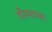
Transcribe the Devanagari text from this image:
गौरमदाइन